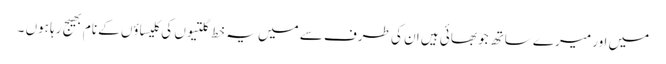
میں اور میرے ساتھ جو بھائی ہیں ان کی طرف سے میں یہ خط گلتیوں کی کلیساؤں کے نام بھیج رہا ہوں ۔